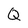
Character: Q